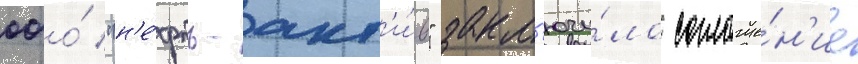
ооо́ "н'е́фть-акт'и́в" закл'ючи́ло соглаше́н'ие